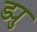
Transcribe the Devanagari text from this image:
ड्यु